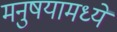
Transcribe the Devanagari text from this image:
मनुषयामध्ये